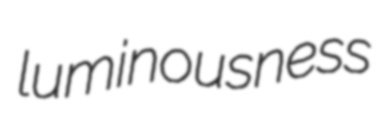
luminousness